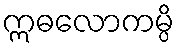
ဣဓလောကမ္ပိ